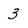
Character: 3